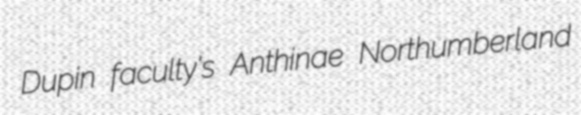
Dupin faculty's Anthinae Northumberland